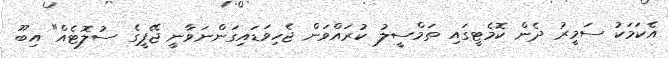
އެކަމަކު ސަމީރު ދެން ކޮމެޓީގައި ތަމްސީލު ކުރައްވަން ޖެހިވަޑައިގަންނަވާނީ ޖޭޕީގެ ސުލޮޓެއް" އިބޫ